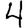
Digit: 4